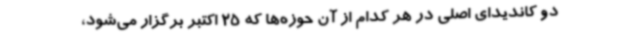
دو کاندیدای اصلی در هر کدام از آن حوزه‌ها که 25 اکتبر برگزار می‌شود،